Juri_Uluots, lk 8
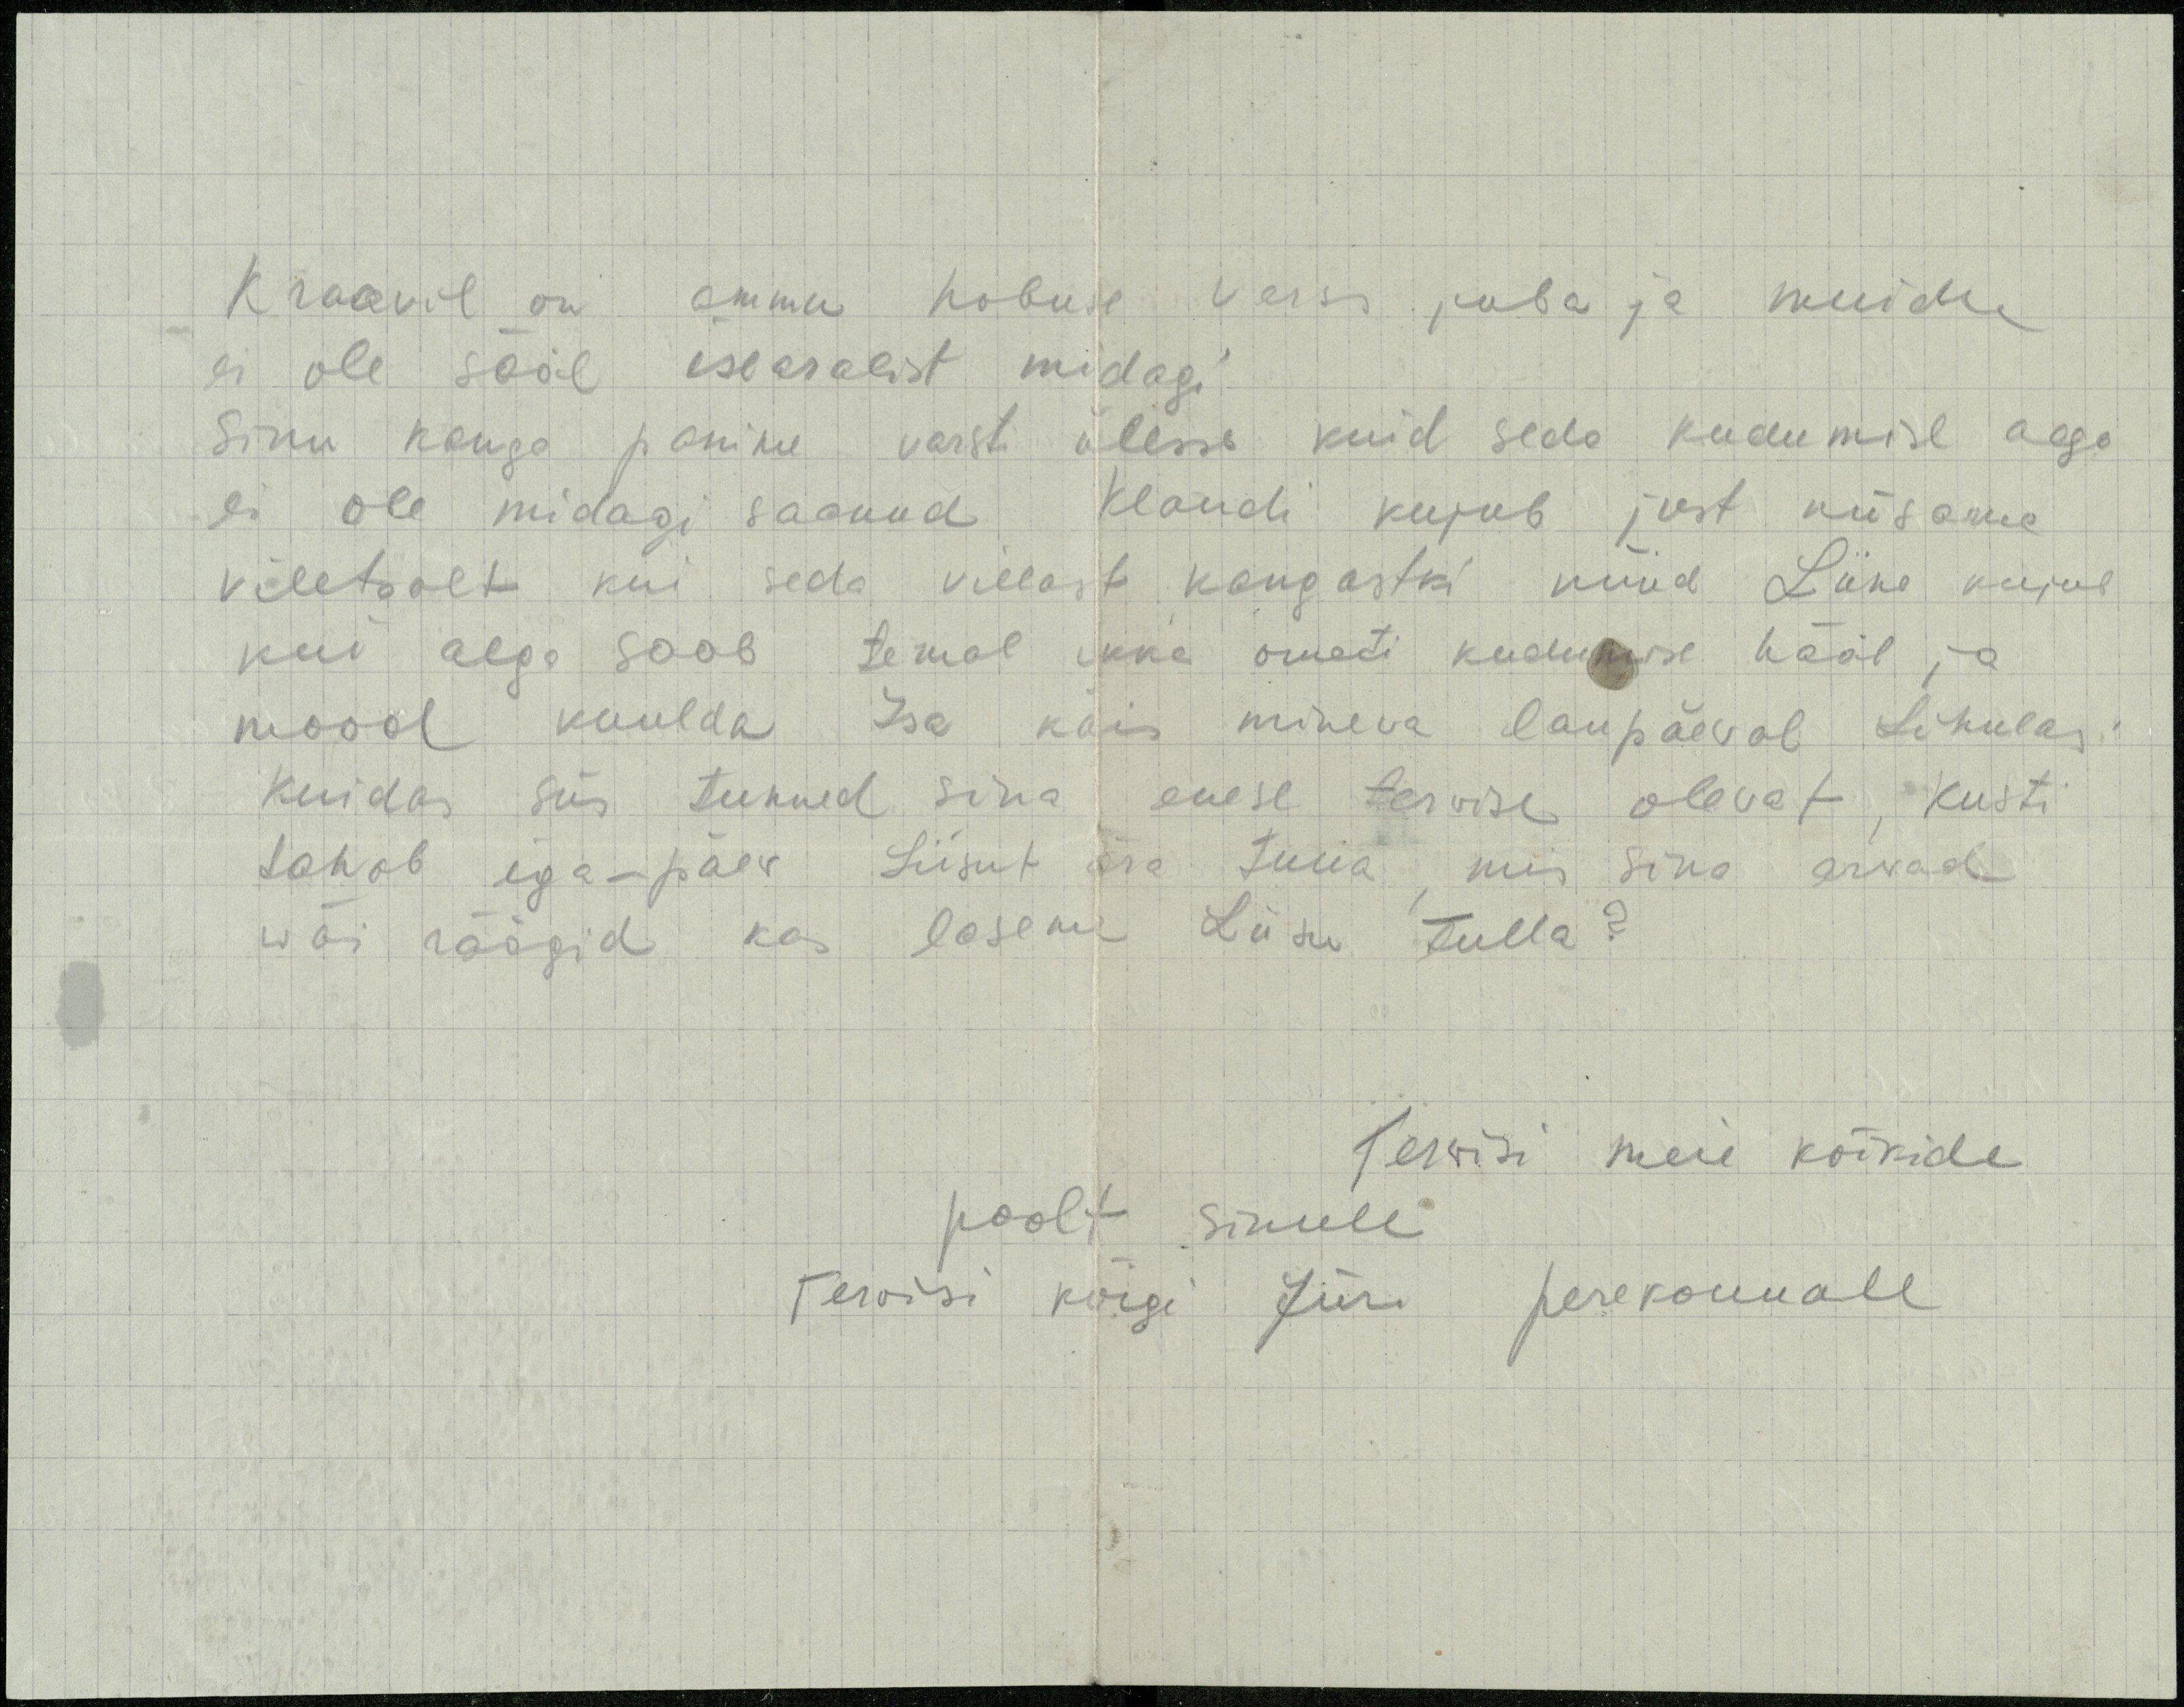
Kraavil on ammu hobuse varss juba ja muidu
ei ole sääl isearalist midagi
Sinu kanga panime varsti ülesse kuid seda kudumise aega
ei ole midagi saanud Klaudi kujub just niisama
viletsalt kui seda villast kangastki nüüd Liine kujub
kui aega saab temal ikke ometi kudumise hääl ja
mood kuulda Isa käis mineva laupäeval Lihulas.
Kuidas siis tunned sina enese terwise olevat, Kusti
tahab iga-päew Liisut ära tuua, mis sina arvad
wõi räägid kas laseme Liisu tulla?
Tervisi meie kõikide
poolt sinule
Tervisi kõigi Jüri perekonnale